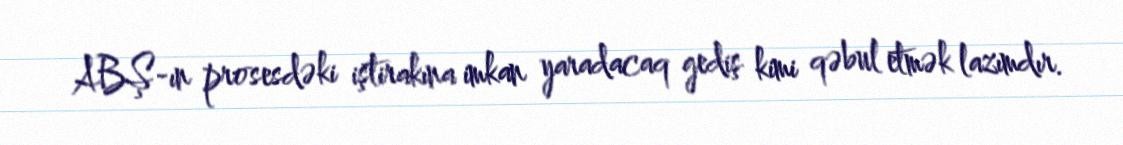
ABŞ-ın prosesdəki iştirakına imkan yaradacaq gediş kimi qəbul etmək lazımdır.